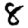
Digit: 8